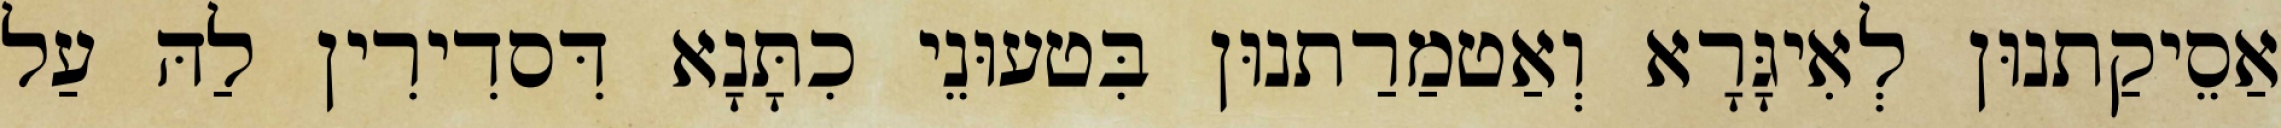
אַסֵיקַתנוּן לְאִיגָּרָא וְאַטמַרַתנוּן בִּטעוּנֵי כִתָּנָא דִּסדִירִין לַהּ עַל